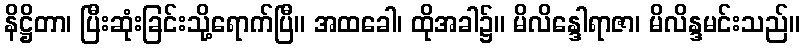
နိဋ္ဌိတာ၊ ပြီးဆုံးခြင်းသို့ရောက်ပြီ။ အထခေါ၊ ထိုအခါ၌။ မိလိန္ဒေါရာဇာ၊ မိလိန္ဒမင်းသည်။